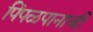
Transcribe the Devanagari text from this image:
पिंपळपानाची